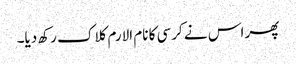
پھر اس نے کرسی کا نام الارم کلاک رکھ دیا۔